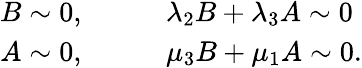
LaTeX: \begin{array}{rl}{B\sim 0,}&{{}\qquad\lambda_{2}B+\lambda_{3}A\sim 0}\\ {A\sim 0,}&{{}\qquad\mu_{3}B+\mu_{1}A\sim 0.}\end{array}